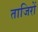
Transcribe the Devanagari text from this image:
ताजिरों